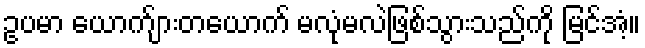
ဥပမာ ယောက်ျားတယောက် မလုံမလဲဖြစ်သွားသည်ကို မြင်အံ့။